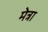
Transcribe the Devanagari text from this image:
मेत्रा